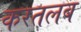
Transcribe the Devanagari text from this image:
करतलब